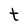
Character: t